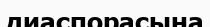
диаспорасына